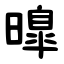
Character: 曍